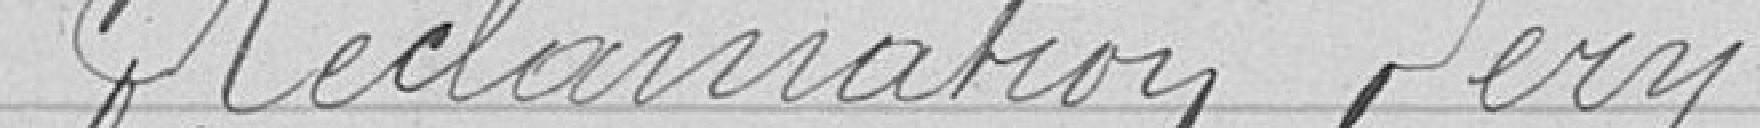
Réclamation Péry